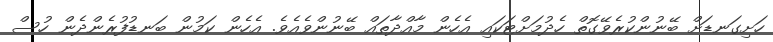
ހަށިގަނޑަށް ބޭނުންކުރެވޭގޮތް ހެދުމަށްޓަކައި އެހެން މާއްދާތައް ބޭނުންވެއެވެ. އެހެން ކަމުން ބަނޑުފުރެންދެން ހުސް